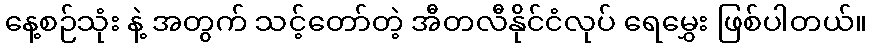
နေ့စဉ်သုံး နဲ့ အတွက် သင့်တော်တဲ့ အီတလီနိုင်ငံလုပ် ရေမွှေး ဖြစ်ပါတယ်။